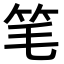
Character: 笔